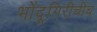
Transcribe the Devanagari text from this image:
भोंदूगिरीचीच